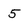
Character: 5